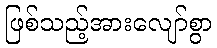
ဖြစ်သည့်အားလျော်စွာ